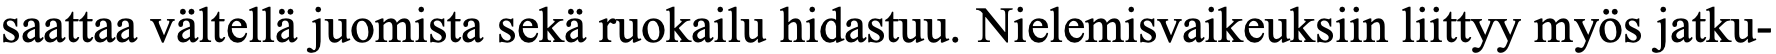
saattaa vältellä juomista sekä ruokailu hidastuu. Nielemisvaikeuksiin liittyy myös jatku-